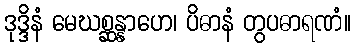
ဒုဒ္ဒိနံ မေဃစ္ဆန္နာဟေ၊ ပိဓာနံ တွပဓာရဏံ။